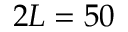
2 L = 5 0